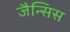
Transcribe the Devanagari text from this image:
जैन्सिस